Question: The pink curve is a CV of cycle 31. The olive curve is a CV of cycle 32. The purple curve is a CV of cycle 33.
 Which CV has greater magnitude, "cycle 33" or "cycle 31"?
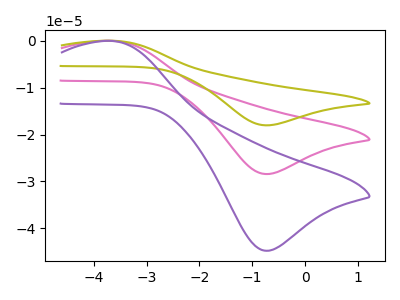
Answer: <think>The pink curve "cycle 31" has an anodic peak at (-3.65V, -0.05uA) and a cathodic peak at (-0.75V, -28.40uA). The olive curve "cycle 32" has an anodic peak at (-3.65V, -0.10uA) and a cathodic peak at (-0.75V, -56.80uA). The purple curve "cycle 33" has an anodic peak at (-3.65V, -0.05uA) and a cathodic peak at (-0.75V, -44.75uA).
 All the peaks in "cycle 33" have a peak in "cycle 31" at the same potential.</think>
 <answer>I cant tell if "cycle 33" or "cycle 31" has more signal.</answer>
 <eval>mixed_signal</eval>